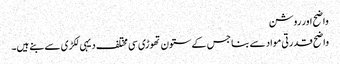
واضح اور روشن
واضح قدرتی مواد سے بنا جس کے ستون تھوڑی سی مختلف دیہی لکڑی سے بنے ہیں۔